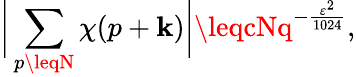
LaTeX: {\biggl|}\sum_{p\leqN}\chi(p+\mathbf{k}){\biggr|}\leqcNq^{-{\frac{{\varepsilon^{2}}}{{1024}}}},